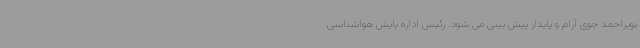
بویراحمد جوی آرام و پایدار پیش بینی می شود. رئیس اداره پایش هواشناسی